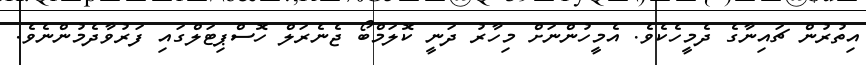
އިތުރުން ޗައިނާގެ ދެމީހެކެވެ. އެމީހުންނަށް މިހާރު ދަނީ ކޮލަމްބޯ ޖެނެރަލް ހޮސްޕިޓަލްގައި ފަރުވާދެމުންނެވެ.